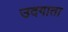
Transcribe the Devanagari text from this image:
उदगाता